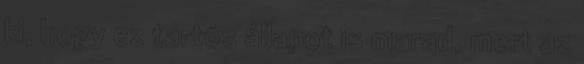
ki, hogy ez tartós állapot is marad, mert az